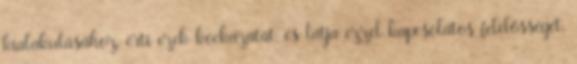
kialakulásához, érti ezek kockázatát, és látja ezzel kapcsolatos felelősségét.